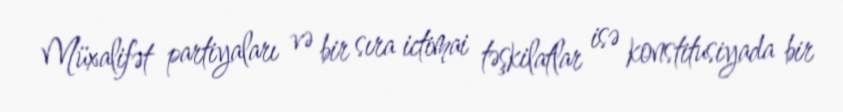
Müxalifət partiyaları və bir sıra ictimai təşkilatlar isə konstitusiyada bir